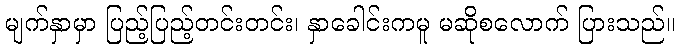
မျက်နှာမှာ ပြည့်ပြည့်တင်းတင်း၊ နှာခေါင်းကမူ မဆိုစလောက် ပြားသည်။